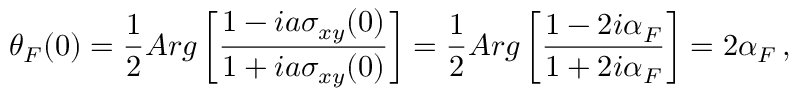
\theta _ { F } ( 0 ) = \frac { 1 } { 2 } A r g \left[ \frac { 1 - i a \sigma _ { x y } ( 0 ) } { 1 + i a \sigma _ { x y } ( 0 ) } \right] = \frac { 1 } { 2 } A r g \left[ \frac { 1 - 2 i \alpha _ { F } } { 1 + 2 i \alpha _ { F } } \right] = 2 \alpha _ { F } \, ,